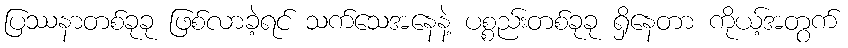
ပြဿနာတစ်ခုခု ဖြစ်လာခဲ့ရင် သက်သေအနေနဲ့ ပစ္စည်းတစ်ခုခု ရှိနေတာ ကိုယ့်အတွက်